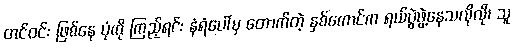
တင်ဝင်း ဖြစ်နေ ပုံကို ကြည့်ရင်း နံရံပေါ်မှ တောက်တဲ့ နှစ်ကောင်က ရယ်ပွဲဖွဲ့နေသလိုလို၊ သူ